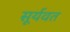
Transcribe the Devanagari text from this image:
सूर्यवत